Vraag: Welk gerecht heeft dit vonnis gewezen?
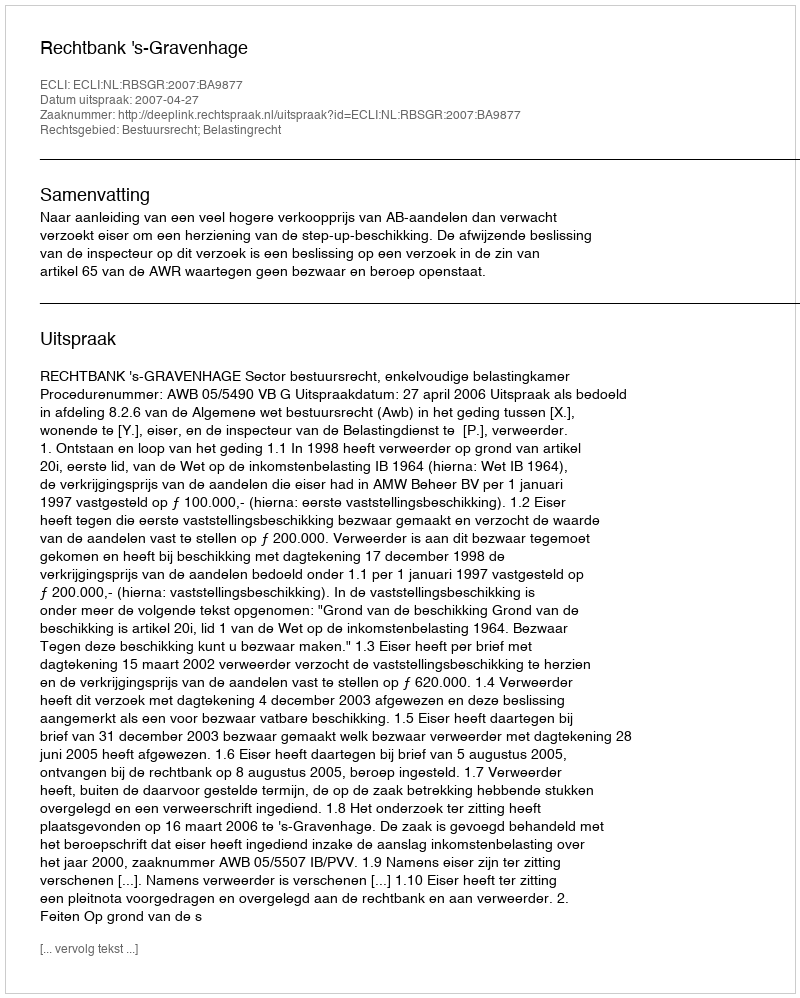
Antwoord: Rechtbank 's-Gravenhage